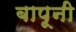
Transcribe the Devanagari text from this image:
बापूनी